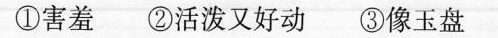
①害羞 ②活泼又好动 ③像玉盘